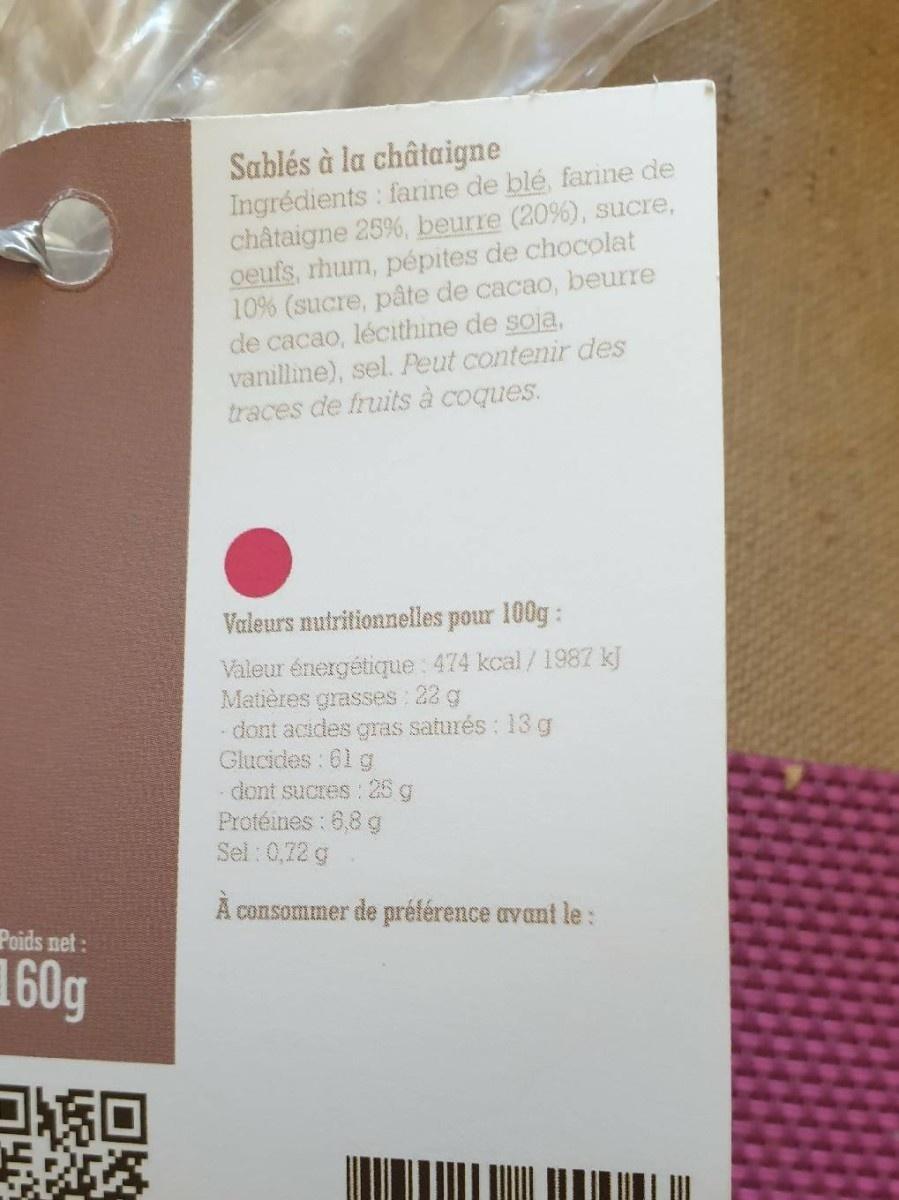
Sablés à la châtaigne Ingrédients farine de blé, farine de châtaigne 25%, beurre (20%), sucre, oeufs, rhum, pépites de chocolat 10% (sucre, pâte de cacao, beurre de cacao, lécithine de soja, vanillme), sel. Peut contenir des traces de fruits à coques.
Valeurs nutritionnelles pour 100g:
Valeur énergétique : 474 kcal/1987 kJ Matières grasses: 22 g - dont acides gras saturés : 13g Glucides: 01 g dont sucres : 25 g Protéines : 6,8 g Sel: 0,72 g
A consommer de préférence avant le:
Poids net:
160g
コ回